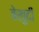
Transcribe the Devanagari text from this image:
बेखुदी